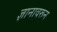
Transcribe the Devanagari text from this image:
ज्ञानावरून